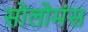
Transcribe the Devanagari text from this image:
सोलोमंस